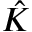
\hat { K }